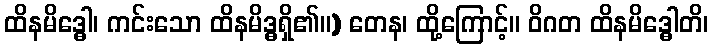
ထိနမိဒ္ဓေါ၊ ကင်းသော ထိနမိဒ္ဓရှိ၏။) တေန၊ ထို့ကြောင့်။ ဝိဂတ ထိနမိဒ္ဓေါတိ၊